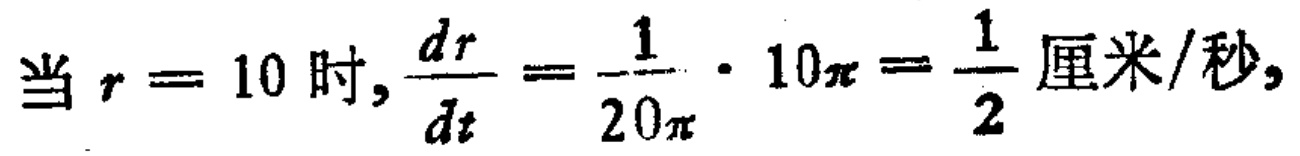
当 \(r = 10\) 时, \(\frac{dr}{dt}=\frac{1}{20\pi}\cdot 10\pi=\frac{1}{2}\text{厘米/秒},\)